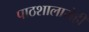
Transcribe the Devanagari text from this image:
पाठशालारोही